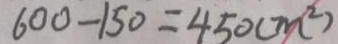
6 0 0 - 1 5 0 = 4 5 0 ( m ^ { 2 } )